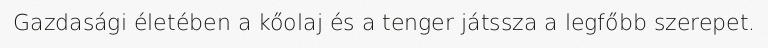
Gazdasági életében a kőolaj és a tenger játssza a legfőbb szerepet.